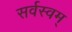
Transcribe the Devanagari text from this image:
सर्वस्वम्